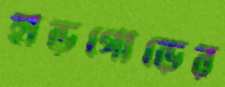
হাড়গোড়ের